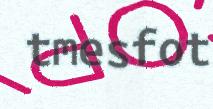
tmesfot